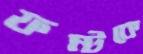
ফন্টকে